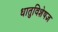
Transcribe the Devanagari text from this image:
धातुविशेषज्ञ